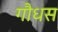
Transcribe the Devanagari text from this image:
गौधस